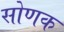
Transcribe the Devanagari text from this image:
सोणक